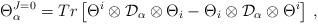
LaTeX: \begin{align*}\Theta^{J=0}_\alpha=Tr\left[\Theta^i\otimes{\cal D}_\alpha\otimes \Theta_i-\Theta_i\otimes{\cal D}_\alpha\otimes\Theta^i\right]\,,\end{align*}